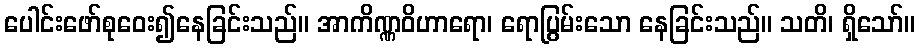
ပေါင်းဖော်စုဝေး၍နေခြင်းသည်။ အာကိဏ္ဏဝိဟာရော၊ ရောပြွမ်းသော နေခြင်းသည်။ သတိ၊ ရှိသော်။